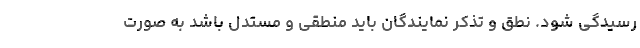
رسیدگی شود. نطق و تذکر نمایندگان باید منطقی و مستدل باشد به صورت